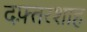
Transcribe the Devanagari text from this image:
दफ़्तरशाह